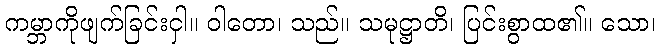
ကမ္ဘာကိုဖျက်ခြင်းငှါ။ ဝါတော၊ သည်။ သမုဋ္ဌာတိ၊ ပြင်းစွာထ၏။ သော၊